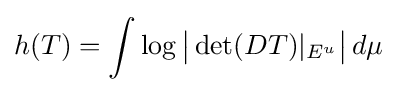
h(T)=\int \log {{\bigl |}\det(DT)|_{E^{u}}{\bigr |}}\,d\mu